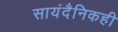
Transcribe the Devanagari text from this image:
सायंदैनिकही